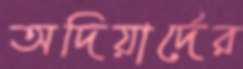
অদিয়ার্দের